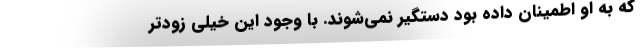
که به او اطمینان داده بود دستگیر نمی‌شوند. با وجود این خیلی زودتر